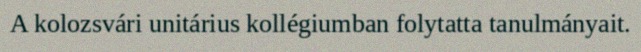
A kolozsvári unitárius kollégiumban folytatta tanulmányait.